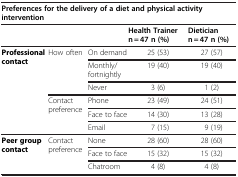
<table><thead><tr><td colspan="5"><b>Preferences for the delivery of a diet and physical activity intervention</b></td></tr><tr><td><b> </b></td><td><b> </b></td><td><b> </b></td><td><b>Health Trainer n = 47 n (%)</b></td><td><b>Dietician n = 47 n (%)</b></td></tr></thead><tbody><tr><td rowspan="6"><b>Professional contact</b></td><td rowspan="3">How often</td><td>On demand</td><td>25 (53)</td><td>27 (57)</td></tr><tr><td>Monthly/fortnightly</td><td>19 (40)</td><td>19 (40)</td></tr><tr><td>Never</td><td>3 (6)</td><td>1 (2)</td></tr><tr><td rowspan="3">Contact preference</td><td>Phone</td><td>23 (49)</td><td>24 (51)</td></tr><tr><td>Face to face</td><td>14 (30)</td><td>13 (28)</td></tr><tr><td>Email</td><td>7 (15)</td><td>9 (19)</td></tr><tr><td rowspan="3"><b>Peer group contact</b></td><td rowspan="3">Contact preference</td><td>None</td><td>28 (60)</td><td>28 (60)</td></tr><tr><td>Face to face</td><td>15 (32)</td><td>15 (32)</td></tr><tr><td>Chatroom</td><td>4 (8)</td><td>4 (8)</td></tr></tbody></table>